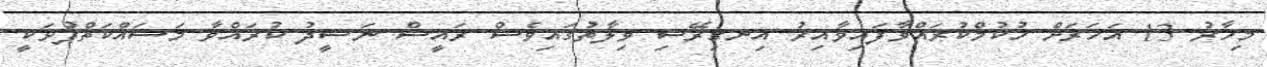
މިހާރު 13 އަހަރަށް ހުކުމްކުރައްވާފައިވާއިރު އިނގިރޭސި ވިލާތުގައިވެސް ރައީސް ނަޝީދު ކުރައްވާ މަސައްކަތްޕުޅަކީ